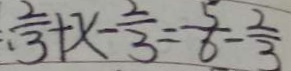
: \frac { 2 } { \cdot 3 } + x - \frac { 2 } { 3 } = \frac { 5 } { 6 } - \frac { 2 } { 3 }